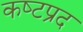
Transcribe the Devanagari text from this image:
कष्‍टप्रद